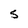
Character: S